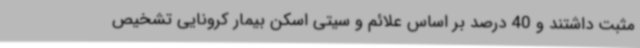
مثبت داشتند و 40 درصد بر اساس علائم و سیتی اسکن بیمار کرونایی تشخیص